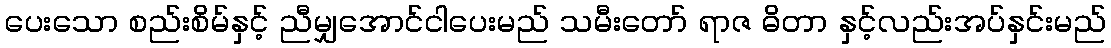
ပေးသော စည်းစိမ်နှင့် ညီမျှအောင်ငါပေးမည် သမီးတော် ရာဇ ဓိတာ နှင့်လည်းအပ်နှင်းမည်